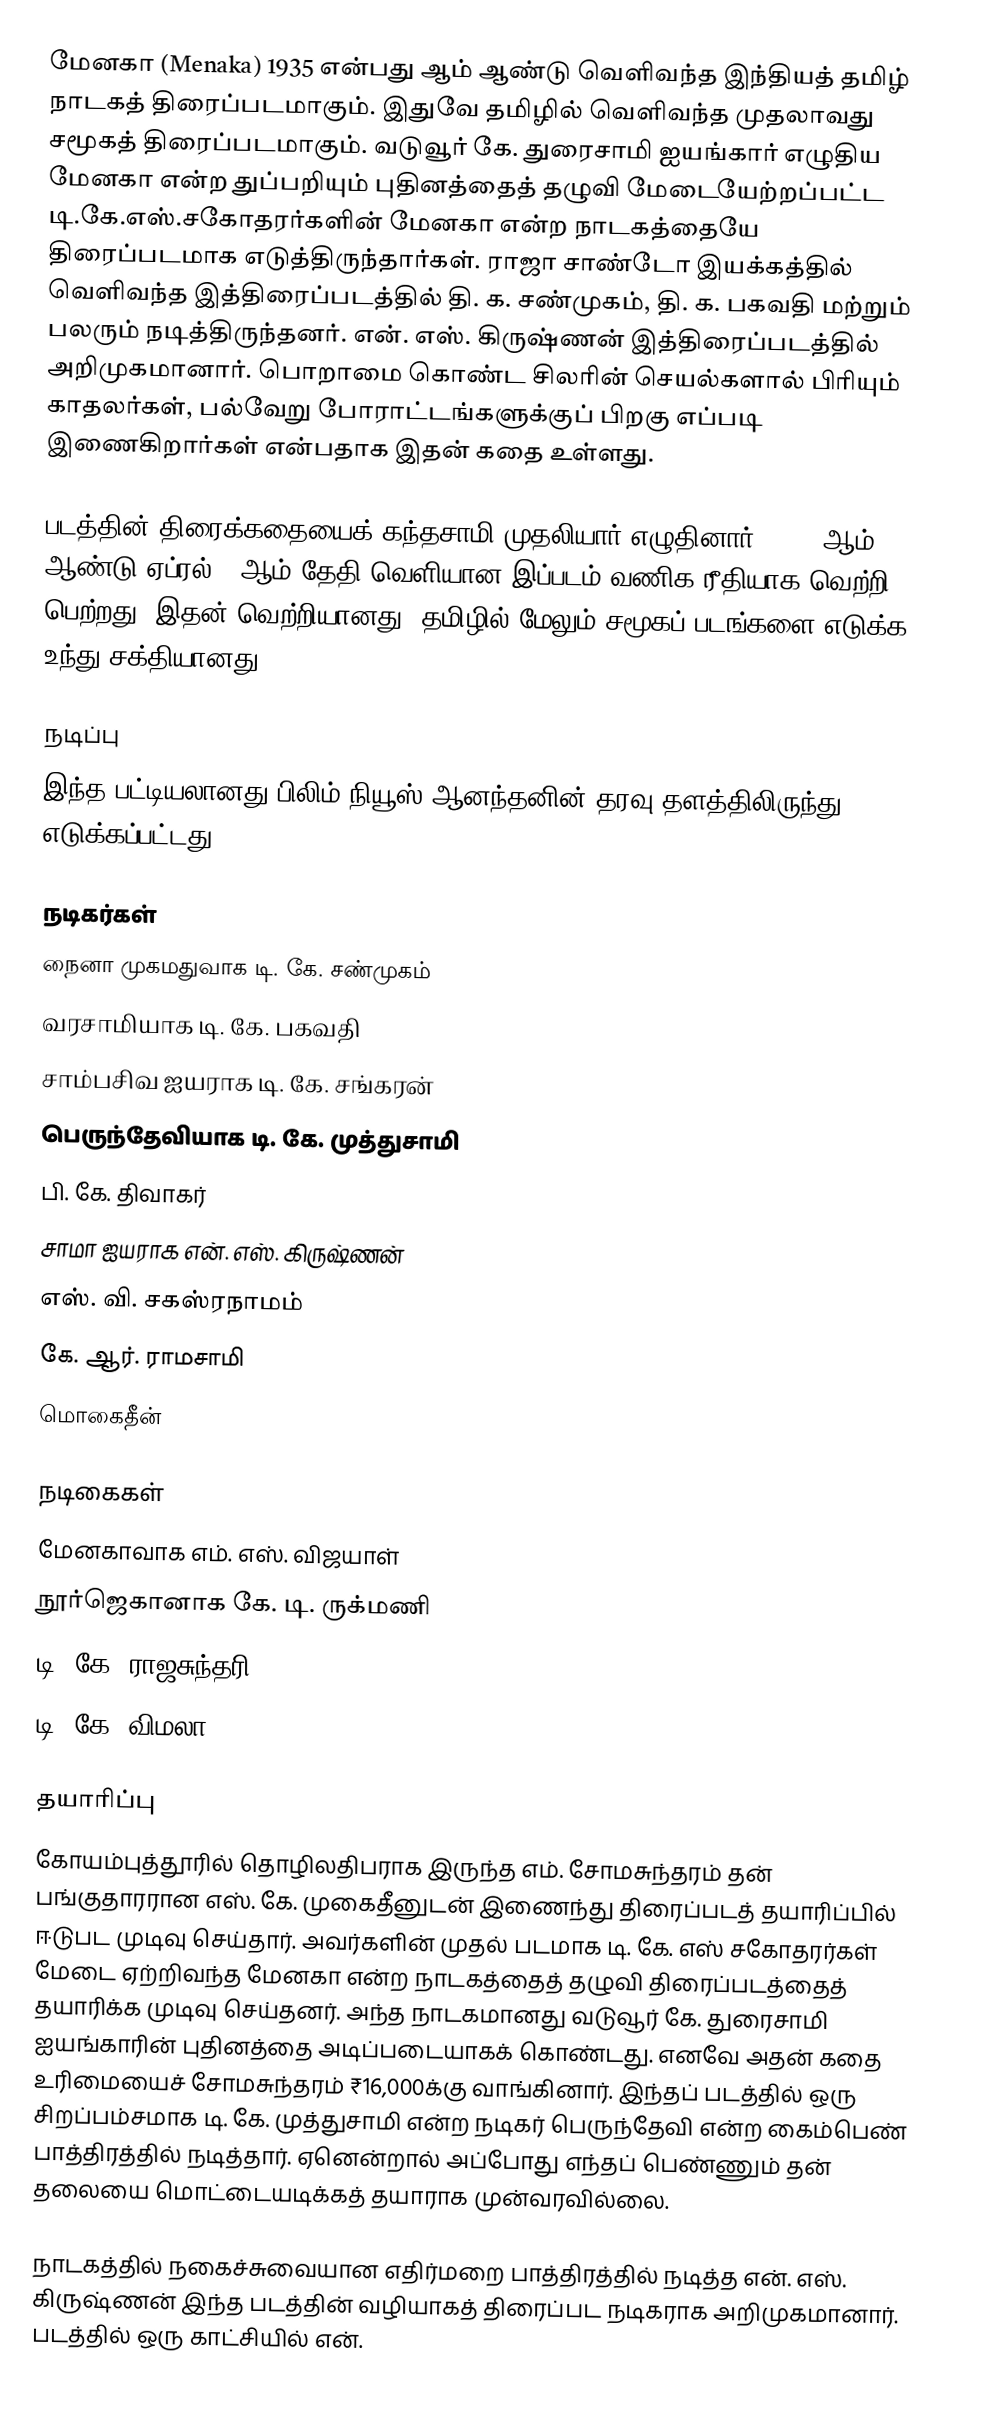
மேனகா (Menaka)  1935 என்பது  ஆம் ஆண்டு வெளிவந்த இந்தியத் தமிழ் நாடகத் திரைப்படமாகும். இதுவே தமிழில் வெளிவந்த முதலாவது சமூகத் திரைப்படமாகும். வடுவூர் கே. துரைசாமி ஐயங்கார் எழுதிய மேனகா என்ற துப்பறியும் புதினத்தைத் தழுவி மேடையேற்றப்பட்ட டி.கே.எஸ்.சகோதரர்களின் மேனகா என்ற நாடகத்தையே திரைப்படமாக எடுத்திருந்தார்கள். ராஜா சாண்டோ இயக்கத்தில் வெளிவந்த இத்திரைப்படத்தில் தி. க. சண்முகம், தி. க. பகவதி மற்றும் பலரும் நடித்திருந்தனர். என். எஸ். கிருஷ்ணன் இத்திரைப்படத்தில் அறிமுகமானார். பொறாமை கொண்ட சிலரின் செயல்களால் பிரியும் காதலர்கள், பல்வேறு போராட்டங்களுக்குப் பிறகு எப்படி இணைகிறார்கள் என்பதாக இதன் கதை உள்ளது.

படத்தின் திரைக்கதையைக் கந்தசாமி முதலியார் எழுதினார். 1935 ஆம் ஆண்டு ஏப்ரல் 6 ஆம் தேதி வெளியான இப்படம் வணிக ரீதியாக வெற்றி பெற்றது. இதன் வெற்றியானது, தமிழில் மேலும் சமூகப் படங்களை எடுக்க உந்து சக்தியானது.

நடிப்பு
இந்த பட்டியலானது பிலிம் நியூஸ் ஆனந்தனின் தரவு தளத்திலிருந்து எடுக்கப்பட்டது.

நடிகர்கள்
நைனா முகமதுவாக டி. கே. சண்முகம்
வரசாமியாக டி. கே. பகவதி
சாம்பசிவ ஐயராக டி. கே. சங்கரன்
பெருந்தேவியாக டி. கே. முத்துசாமி
பி. கே. திவாகர்
சாமா ஐயராக என். எஸ். கிருஷ்ணன்
எஸ். வி. சகஸ்ரநாமம்
கே. ஆர். ராமசாமி
மொகைதீன்

நடிகைகள்
மேனகாவாக எம். எஸ். விஜயாள்
நூர்ஜெகானாக கே. டி. ருக்மணி
டி. கே. ராஜசுந்தரி
டி. கே. விமலா

தயாரிப்பு
கோயம்புத்தூரில் தொழிலதிபராக இருந்த எம். சோமசுந்தரம் தன் பங்குதாரரான எஸ். கே. முகைதீனுடன் இணைந்து திரைப்படத் தயாரிப்பில் ஈடுபட முடிவு செய்தார். அவர்களின் முதல் படமாக டி. கே. எஸ் சகோதரர்கள் மேடை ஏற்றிவந்த மேனகா என்ற நாடகத்தைத் தழுவி திரைப்படத்தைத் தயாரிக்க முடிவு செய்தனர். அந்த நாடகமானது வடுவூர் கே. துரைசாமி ஐயங்காரின் புதினத்தை அடிப்படையாகக் கொண்டது. எனவே அதன் கதை உரிமையைச் சோமசுந்தரம் ₹16,000க்கு வாங்கினார். இந்தப் படத்தில் ஒரு சிறப்பம்சமாக டி. கே. முத்துசாமி என்ற நடிகர் பெருந்தேவி என்ற கைம்பெண் பாத்திரத்தில் நடித்தார். ஏனென்றால் அப்போது எந்தப் பெண்ணும் தன் தலையை மொட்டையடிக்கத் தயாராக முன்வரவில்லை.

நாடகத்தில் நகைச்சுவையான எதிர்மறை பாத்திரத்தில் நடித்த என். எஸ். கிருஷ்ணன் இந்த படத்தின் வழியாகத் திரைப்பட நடிகராக அறிமுகமானார். படத்தில் ஒரு காட்சியில் என்.